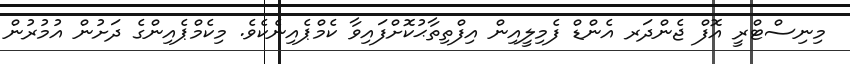
މިނިސްޓްރީ އޮފް ޖެންދަރ އެންޑް ފެމިލީއިން އިފްތިތާޙުކޮށްފައިވާ ކެމްޕެއިނެކެވެ. މިކެމްޕެއިންގެ ދަށުން އުމުރުން